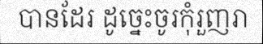
បានដែរ ដូច្នេះចូរកុំរួញរា